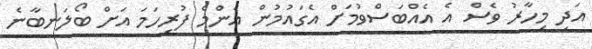
އަދި މިހާރު ވެސް އެ އެއްބަސްވުމަށް އެގައުމުން އެންމެ ފުރިހަމަ އަށް ބޯލަނބާނެ